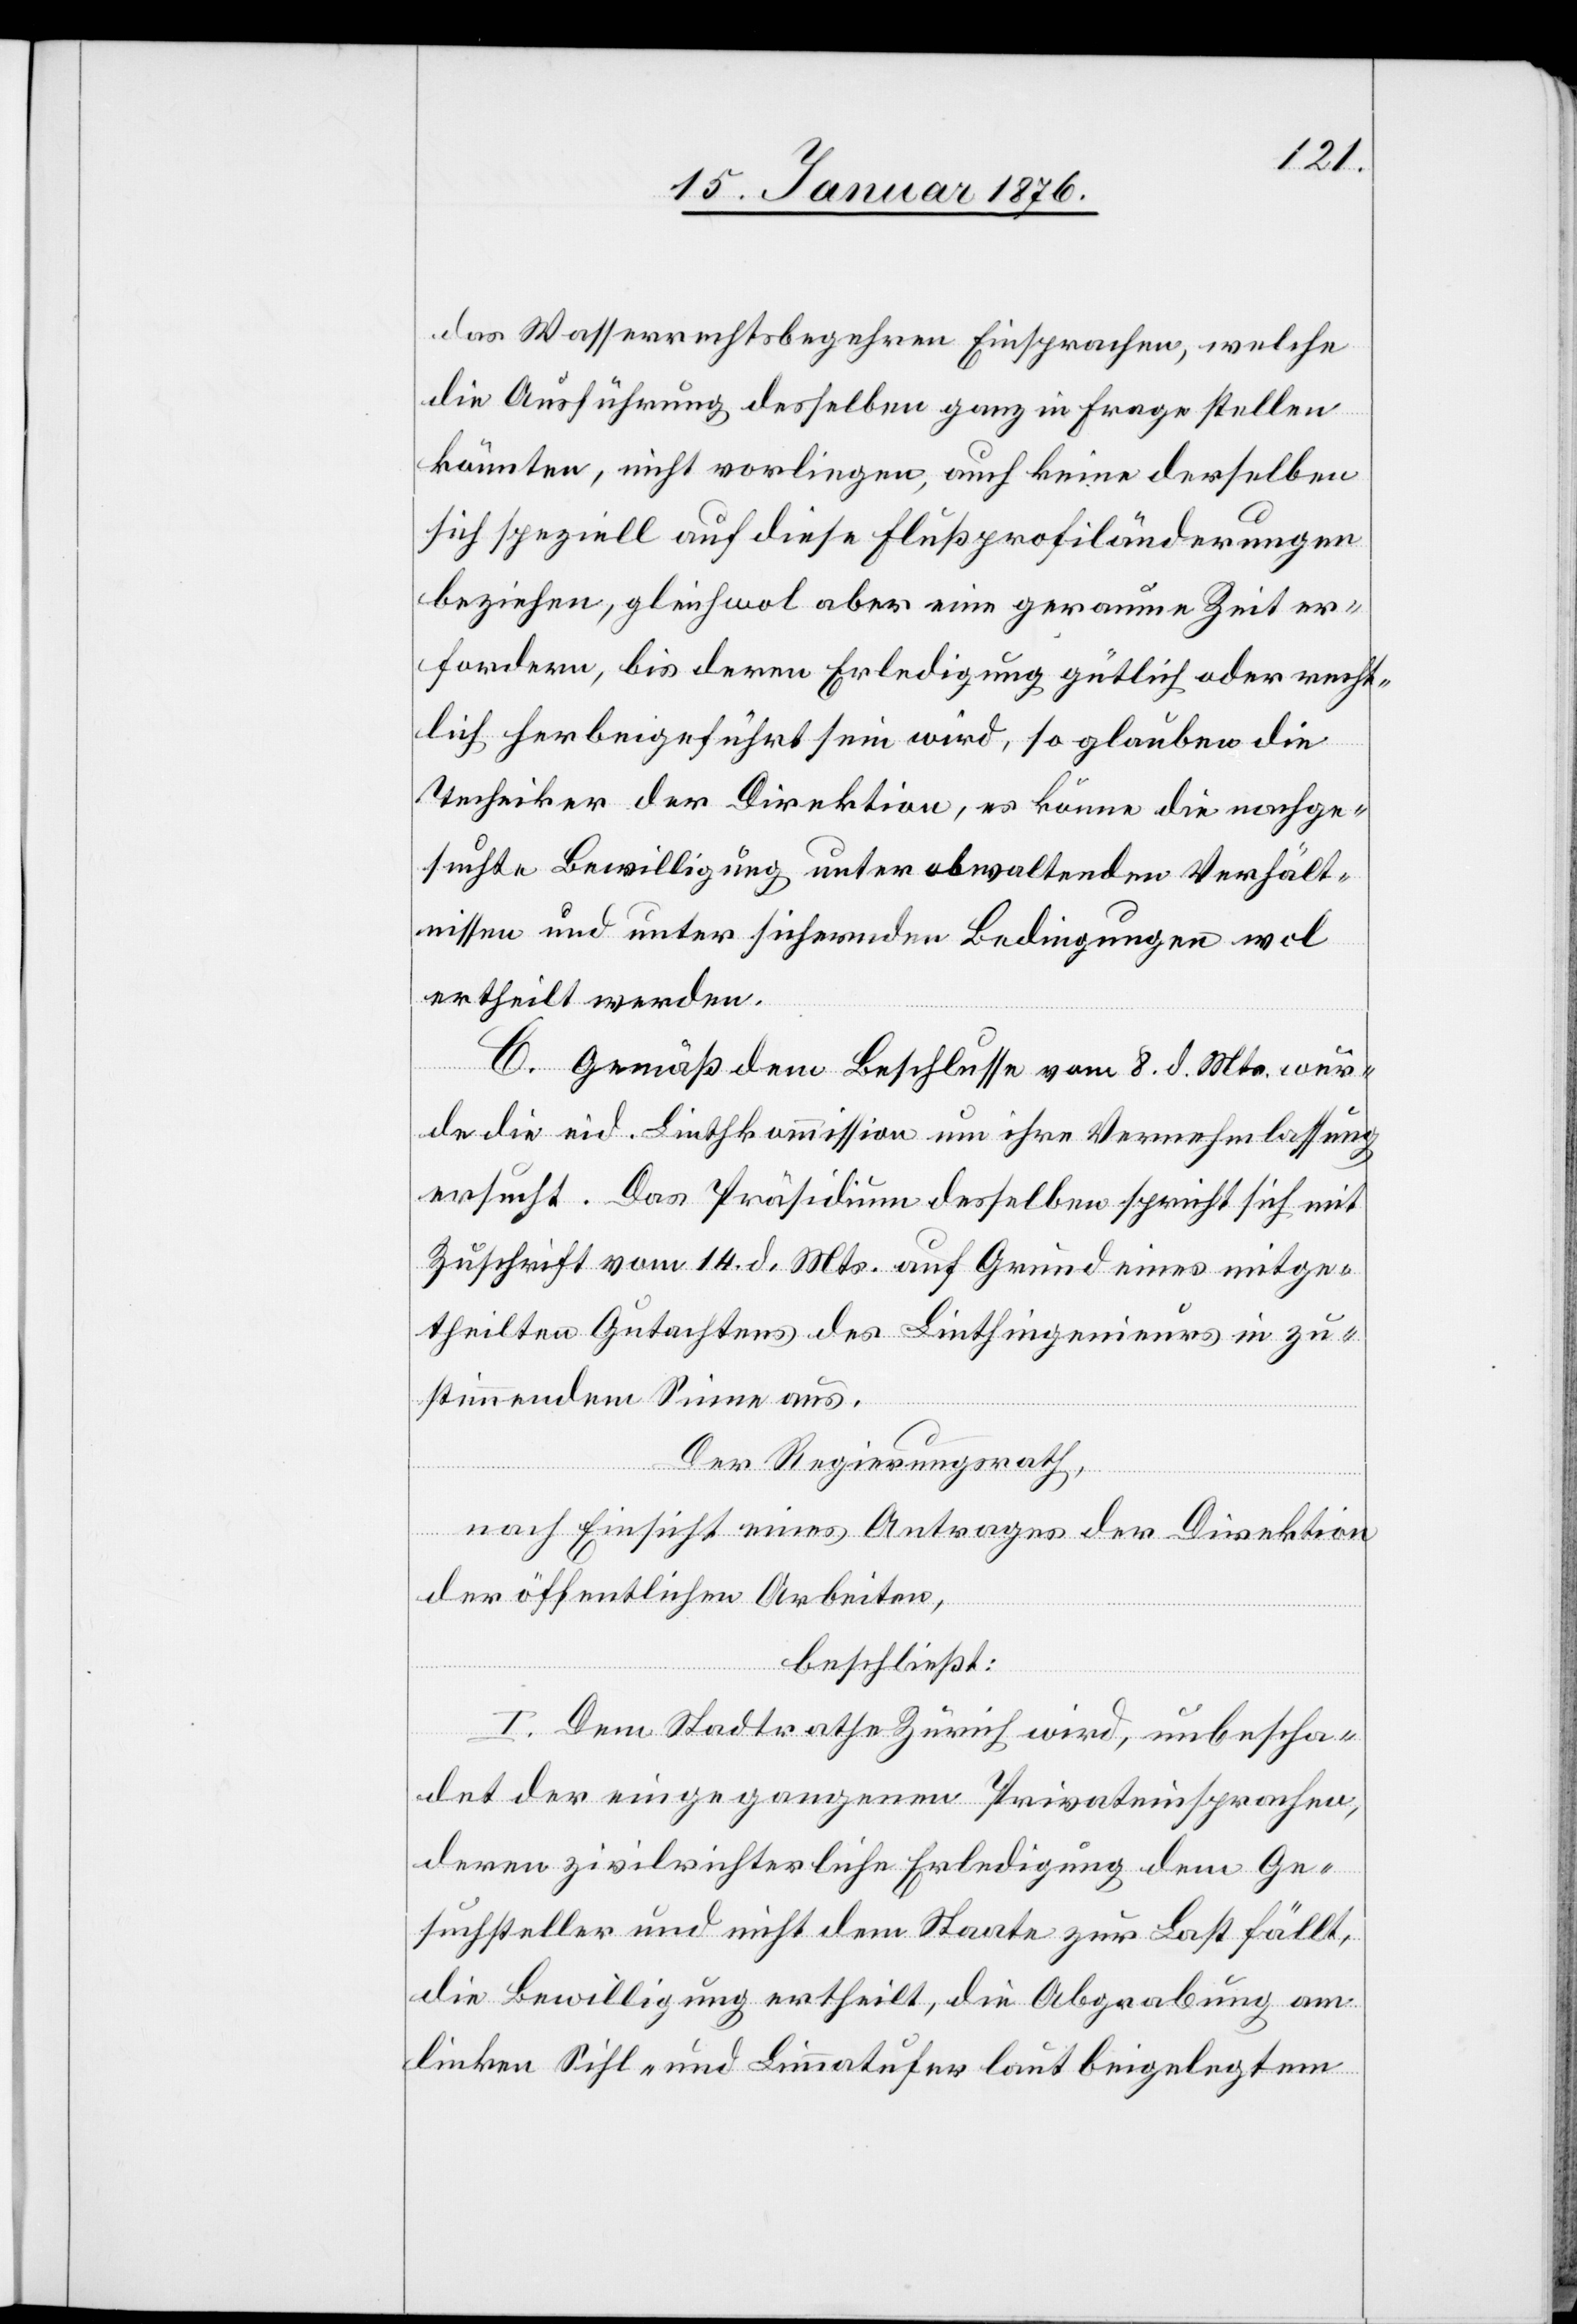
das Wasserrechtsbegehren Einsprachen, welche
die Ausführung desselben ganz in Frage stellen
könnten, nicht vorliegen, auch keine derselben
sich speziell auf diese Flußprofiländerungen
beziehen, gleichwol aber eine geraume Zeit er¬
fordern, bis deren Erledigung gütlich oder recht¬
lich herbeigeführt sein wird, so glauben die
Techniker der Direktion, es könne die nachge¬
suchte Bewilligung unter obwaltenden Verhält¬
nissen und unter sichernden Bedingungen wol
ertheilt werden.
C. Gemäß dem Beschlusse vom 8. d. Mts. wer¬
de die eid. Linthkommission um ihre Vernehmlassung
ersucht. Das Präsidium desselben spricht sich mit
Zuschrift vom 14. d. Mts. auf Grund eines mitge¬
theilten Gutachtens des Linthingenieurs in zu¬
stimmendem Sinne aus.
Der Regierungsrath,
nach Einsicht eines Antrages der Direktion
der öffentlichen Arbeiten,
beschließt:
I. Dem Stadtrath Zürich wird, unbescha¬
det der eingegangenen Privateinsprachen,
deren zivilrichterliche Erledigung dem Ge¬
suchsteller und nicht dem Staate zur Last fällt,
die Bewilligung ertheilt, die Abgrabung am
linken Sihl- und Limmatufer laut beigelegtem